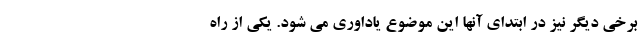
برخی دیگر نیز در ابتدای آنها این موضوع یاداوری می شود. یکی از راه